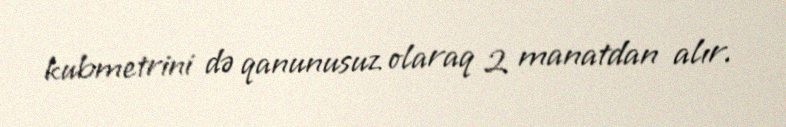
kubmetrini də qanunusuz olaraq 2 manatdan alır.